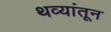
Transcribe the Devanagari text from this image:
थव्यांतून